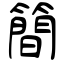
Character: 簡